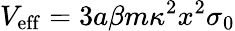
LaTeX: V_{\mathrm{eff}}=3a\beta m\kappa^{2}x^{2}\sigma_{0}